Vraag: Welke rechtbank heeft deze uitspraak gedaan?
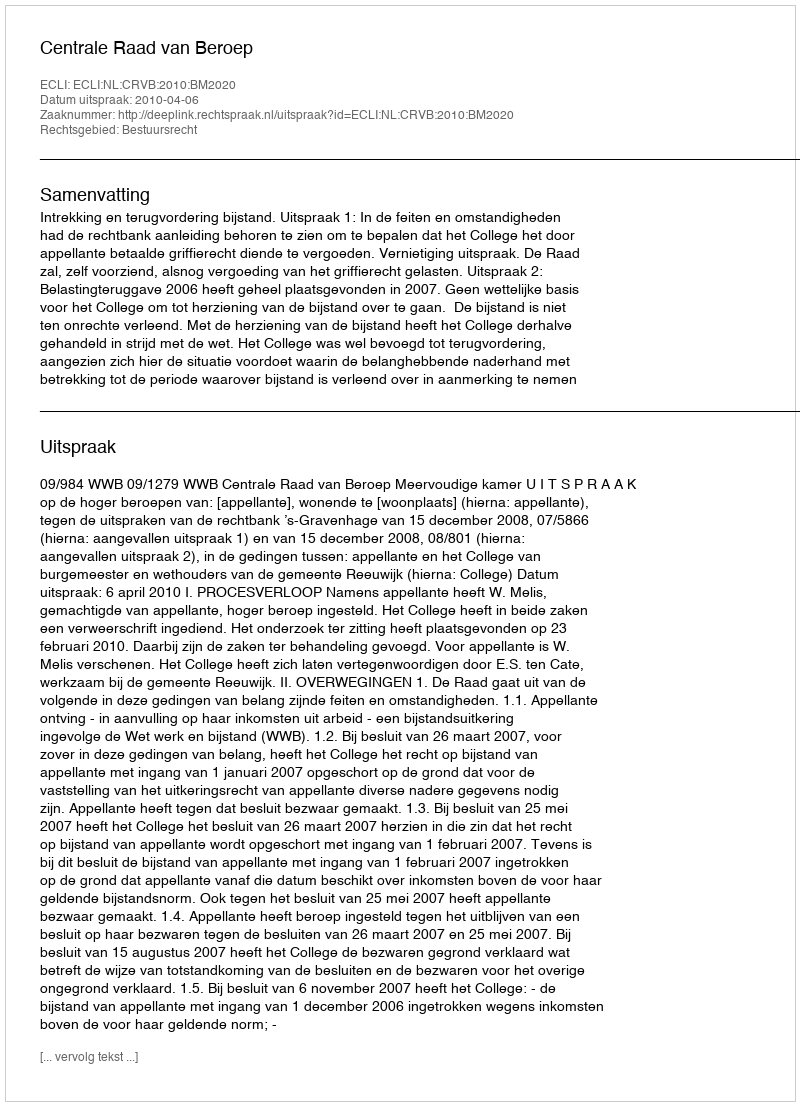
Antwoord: Centrale Raad van Beroep